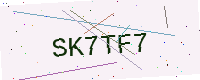
Text: SK7TF7